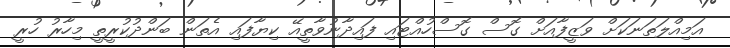
އަމިއްލަތަނަކަށް ވަޒީފާއަށް ގޮސް ގޮސްހުއްޓައި ފައިދާނުވާތީއޭ ކިޔާފައި އެތަން ބަންދުކުރީތީ މިހާރު ހުރީ